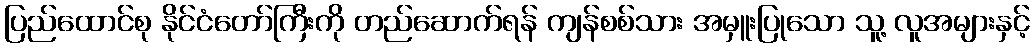
ပြည်ထောင်စု နိုင်ငံတော်ကြီးကို တည်ဆောက်ရန် ကျန်စစ်သား အမှူးပြုသော သူ့ လူအများနှင့်